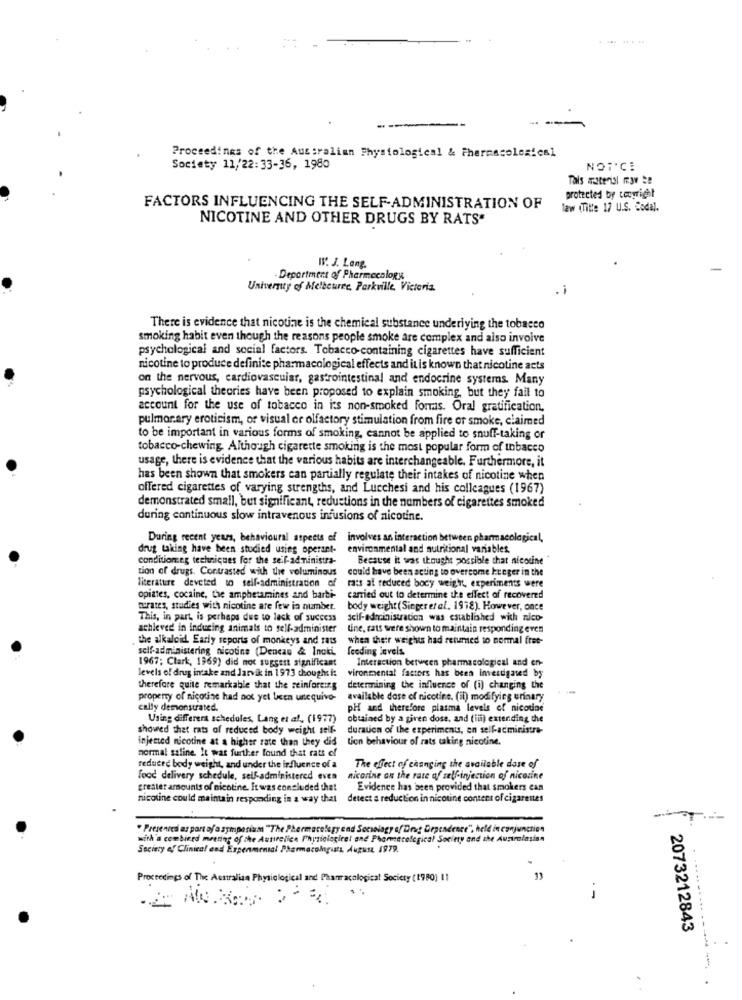
.......
Proceedings of the Australian Physiological & Pharmacolexical
Society 11/22:33-36, 1980
NOTCE
Tals material mov !!
protected by copyright
FACTORS INFLUENCING THE SELF-ADMINISTRATION OF
law (Title 17 U.S. Codal.
NICOTINE AND OTHER DRUGS BY RATS*
W. J. Lang.
Department of Pharmacology
University of Melbeurre, Parkville, Victoria.
.i
There is evidence that nicotine is the chemical substance underlying the tobacco
smoking habit even though the reasons people smoke are complex and also invoive
psychological and social factors. Tobacco-containing cigarettes have sufficient
nicotine to produce definite pharmacological effects and it is known that nicotine acts
on the nervous, cardiovascular, gastrointestinal and endocrine systems. Many
psychological theories have been proposed to explain smoking, but they fail to
account for the use of tobacco in its non-smoked formas. Oral gratification,
pulmonary eroticism, or visual or olfactory stimulation from fire or smoke, claimed
to be important in various forms of smoking, cannot be applied to snuff-taking or
tobacco-chewing, Although cigarette smoking is the most popular form of tobacco
usage, there is evidence that the various habits are interchangeable. Furthermore, it
has been shown that smokers can partially regulate their intakes of nicotine when
offered cigarettes of varying strengths, and Lucchesi and his colleagues (1967)
demonstrated small, but significant, reductions in the numbers of cigarettes smoked
during continuous slow intravenous infusions of nicotine.
During recent years, behavioural aspects of involves an interaction between pharmacological,
drug taking have been studied using operant-
environmental and nutritional variables.
conditiomeg techniques for the self-administra-
Because it was thought possible that nicotine
tion of drugs. Contrasted with thre voluminous
could have been acting to overcome kueger in the
literature deveted to self-administration of
rats at reduced body weight, experiments were
opiates, cocaine, the amphetamines and barti-
carried out to determine the effect of recovered
parates, studies with nicotine are few in number.
body weight (Singeretal. 1978). However, once
This, in part, is perhaps due to lack of success
self-administration was established with nico-
achieved in inducing animals to self-administer
tine, cats were shown to maintain responding even
the alkaloid Early reports of monkeys and rass
when their weights had returned to normal fret-
self-administering nicotine (Dencas & Incki.
feeding invels
1967; Clark, 1969) did not suggest significant
Interaction between pharmacological and en-
levels of drug intake and Jarvik in 1973 thought i:
vironmental factors has been investigated by
therefore quite remarkable that the reinforcing
determining the influence of (i) changing the
property of nicotine had not yet licen unequivo-
available dose of nicotine. (il) modifying urinary
cally demonstrated.
pH and therefore plasma levels of nicound
Using different schedules, Lang et al. (1977)
obtained by a given dose, and (ili) extending the
showed that rats of reduced body weight self-
durauca of the experiments, en self-acministre-
injected nicotine at a higher rate than they did
tion behaviour of rats taking nicotine.
normal saline. It was further found that rats of
reduced body weight, and under the influence of a
The effect of changing the available dose of
food delivery schedule, self-administered even
nicarine on the rate of selfinjection of nicotine
greater amounts of nicotine. It was concluded that
Evidence has been provided that smokers can
nicotine could maintain responding in a way that detect a reduction in nicotine content of cigarettes
-
" Presentesi as part of a symposium "The Pharmacelegy end Sociology of Drug Dependence", held in conjunction
with'a combined meeting of the Autirelien Physiological and Phoneacelegical Society and the Australasian
Society of Clinical end Expenmensal Pharmacolngurs August 1979.
Proceedings of The Australian Physiological and Pharmacological Society (1980) 11
...
..
2073212843